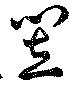
笠